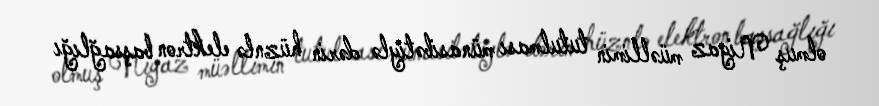
olmuş Niyaz müəllimin tutulması münasibətiylə dərin hüznlə elektron başsağlığı